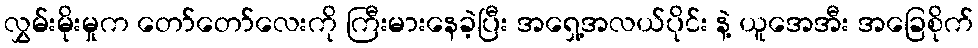
လွှမ်းမိုးမှုက တော်တော်လေးကို ကြီးမားနေခဲ့ပြီး အရှေ့အလယ်ပိုင်း နဲ့ ယူအေအီး အခြေစိုက်